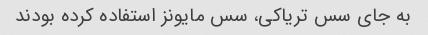
به جای سس تریاکی، سس مایونز استفاده کرده بودند